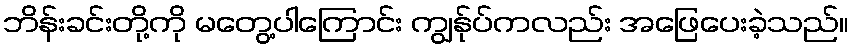
ဘိန်းခင်းတို့ကို မတွေ့ပါကြောင်း ကျွန်ုပ်ကလည်း အဖြေပေးခဲ့သည်။